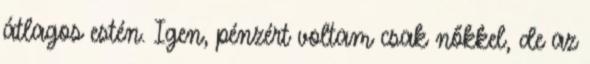
átlagos estén. Igen, pénzért voltam csak nőkkel, de az